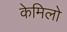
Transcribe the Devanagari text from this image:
केमिलो